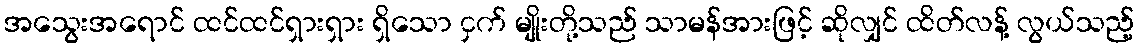
အသွေးအရောင် ထင်ထင်ရှားရှား ရှိသော ငှက် မျိုးတို့သည် သာမန်အားဖြင့် ဆိုလျှင် ထိတ်လန့် လွယ်သည့်